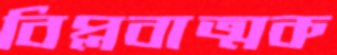
বিপ্লবাত্মক